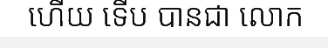
ហើយ ទើប បានជា លោក